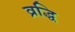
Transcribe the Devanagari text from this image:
व्रद्धि